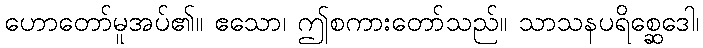
ဟောတော်မူအပ်၏။ ဧသော၊ ဤစကားတော်သည်။ သာသနပရိစ္ဆေဒေါ၊